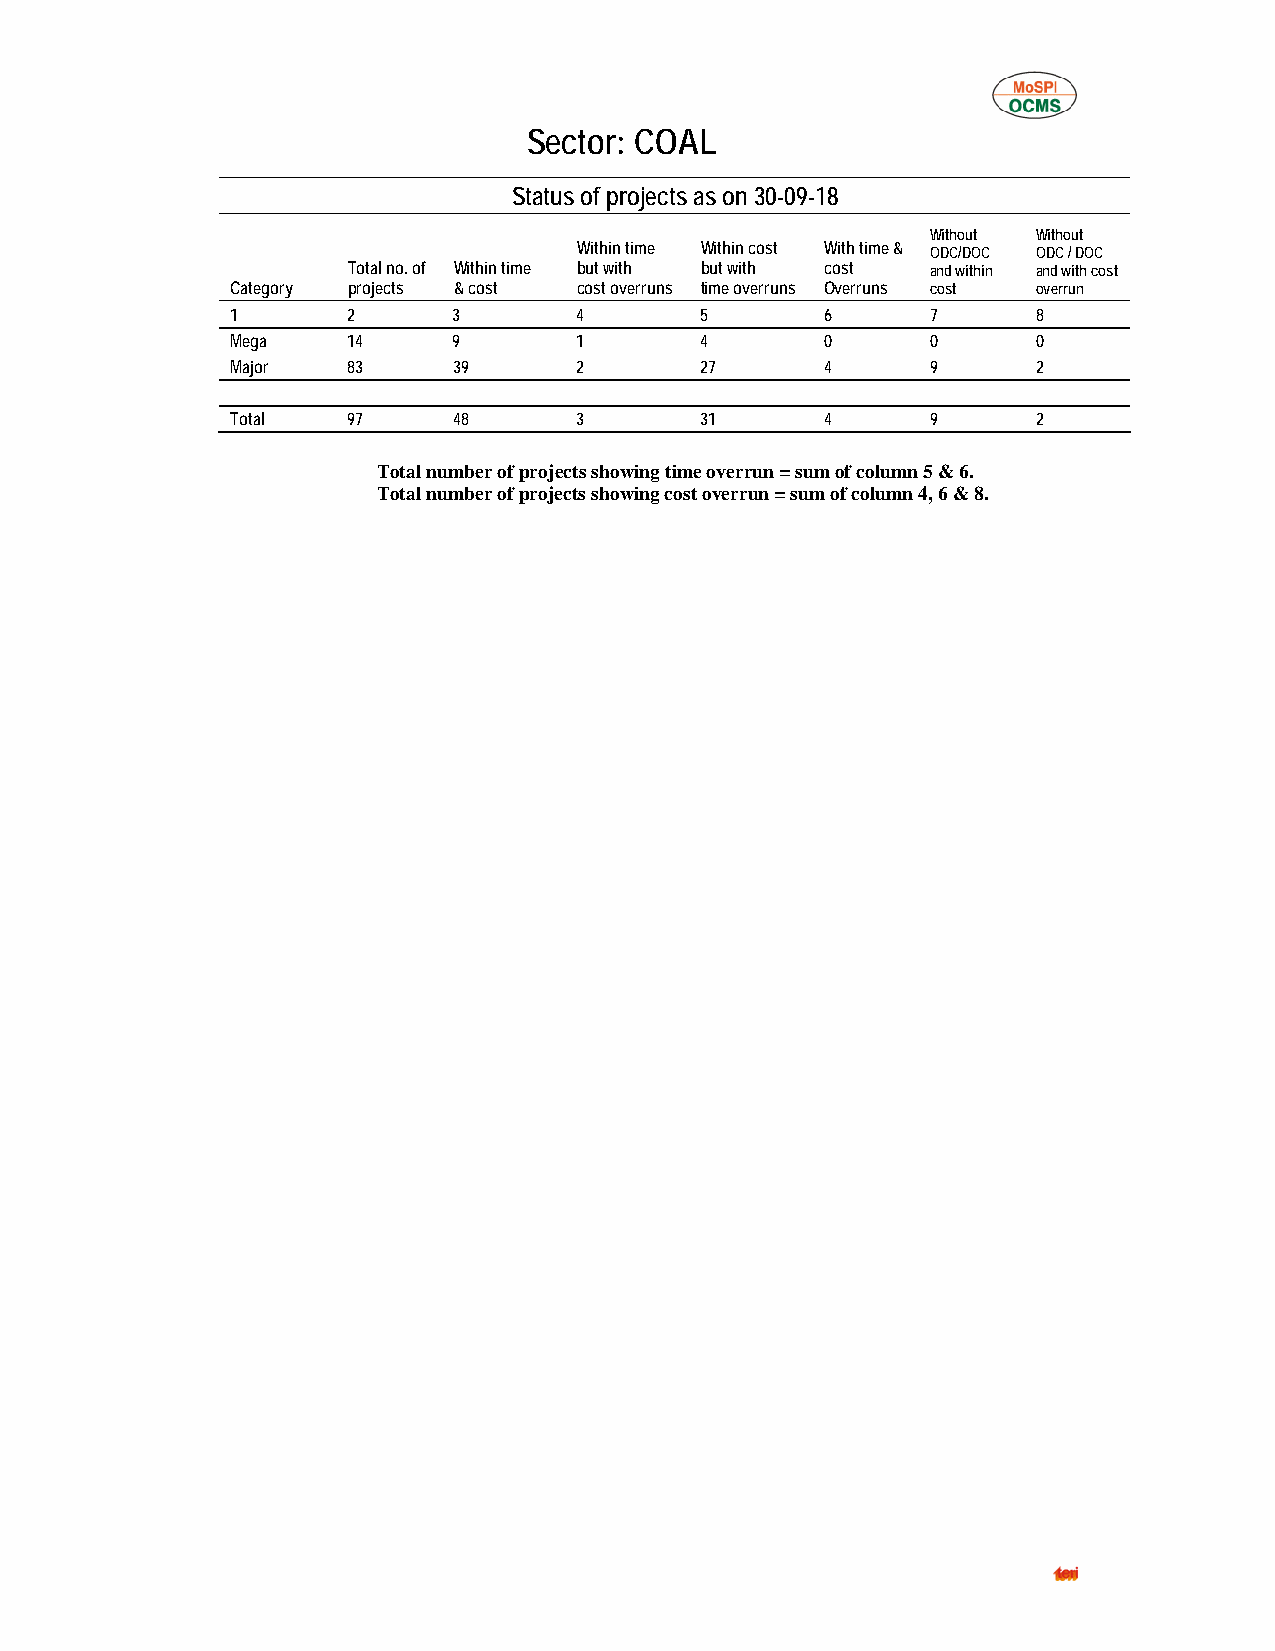
Sector: COAL
 Status of projects as on 30-09-18
 Without Without
 Within time Within cost With time & ODC/DOC ODC / DOC
 Total no. of Within time but with but with cost and within and with cost
 Category projects & cost cost overruns time overruns Overruns cost overrun
 1       2      3       4       5        6      7      8
 Mega    14     9       1       4        0      0      0
 Major   83     39      2       27       4      9      2
 Total   97     48      3       31       4      9      2
 Total number of projects showing time overrun = sum of column 5 & 6.
 Total number of projects showing cost overrun = sum of column 4, 6 & 8.